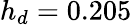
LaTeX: h_{d}=0.205